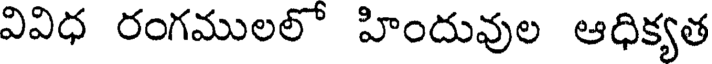
వివిధ రంగములలో హిందువుల ఆధిక్యత